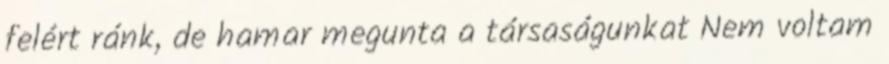
felért ránk, de hamar megunta a társaságunkat Nem voltam